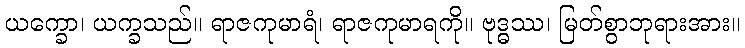
ယက္ခော၊ ယက္ခသည်။ ရာဇကုမာရံ၊ ရာဇကုမာရကို။ ဗုဒ္ဓဿ၊ မြတ်စွာဘုရားအား။